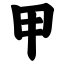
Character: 甲